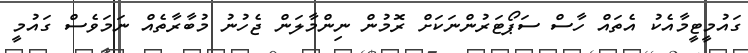
ގައުމީޓީމާއެކު އެތައް ހާސް ސަޕޯޓަރުންނަކަށް ރޮމުން ނިންމާލަން ޖެހުނު މުބާރާތެއް ނަމަވެސް ގައުމީ